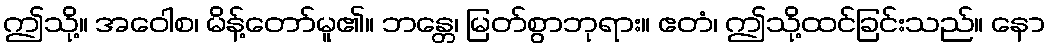
ဤသို့။ အဝေါစ၊ မိန့်တော်မူ၏။ ဘန္တေ၊ မြတ်စွာဘုရား။ ဧတံ၊ ဤသို့ထင်ခြင်းသည်။ နော